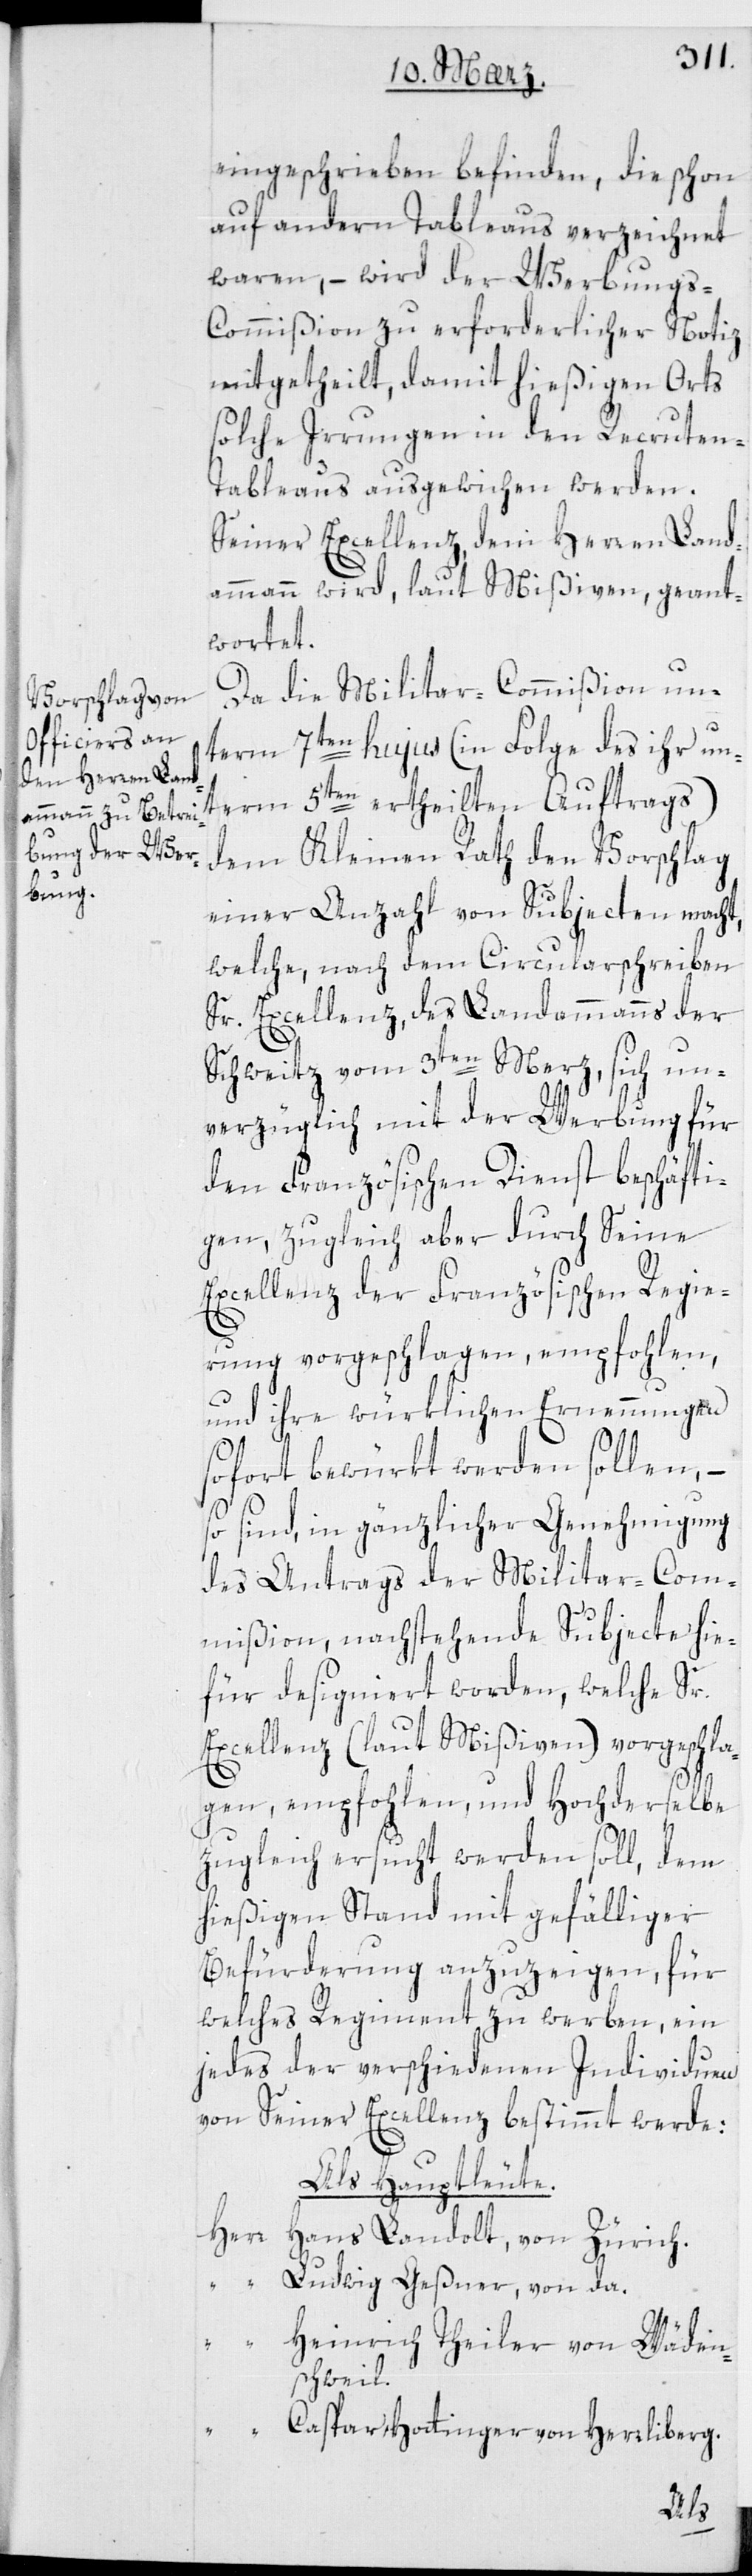
eingeschrieben befinden, die schon
auf andern Tableaus verzeichnet
waren, – wird der Werbung¬
s-Commißion zu erforderlicher Notiz
mitgetheilt, damit hießigen Orts
solche Irrungen in den Recrute¬
n-Tableaus ausgewichen werden.
Seiner Excellenz dem Herren Land¬
ammann wird, laut Mißiven, geant¬
wortet.
Da die Militar-Commißion un¬
term 7ten hujus (in Folge des ihr unt¬
erm 5ten ertheilten Auftrags)
dem Kleinen Rath den Vorschlag
einer Anzahl von Subjecten macht,
welche, nach dem Circularschreiben
Sr. Excellenz, des Landammanns der
Schweitz, vom 3ten Merz, sich un¬
verzüglich mit der Werbung für
den Französischen Dienst beschäfti¬
gen, zugleich aber durch Seine
Excellenz der Französischen Regie¬
rung vorgeschlagen, empfohlen,
und ihre würklichen Ernennungen
sofort bewürkt werden sollen, –
so sind, in gänzlicher Genehmigung
des Antrags der Militar-Com¬
mißion nachstehende Subjecte hie¬
für designiert worden, welche Sr.
Excellenz (laut Mißiven) vorgeschla¬
gen, empfohlen, und Hochderselbe
zugleich ersucht werden soll, dem
hießigen Stand mit gefälliger
Befürderung anzuzeigen, für
welches Regiment zu werben, ein
jedes der verschiedenen Individuen
von Seiner Excellenz bestimmt werde.
Als Hauptleute.
Herr Hans Landolt von Zürich.
Ludwig Geßner von da.
“ Heinrich Theiler von Wäden¬
schweil.
“ Caspar Hottinger von Herrliberg.